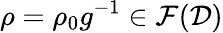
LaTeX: \rho=\rho_{0}g^{-1}\in\mathcal{F}(\mathcal{D})